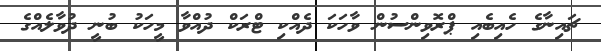
ޗައިނާގެ ހެއިބެއި ޕްރޮވިންސުން ވާހަކަ ދެއްކި ޓްރަކް ދުއްވާ މީހަކު ބުނީ ދުވާލެއްގެ